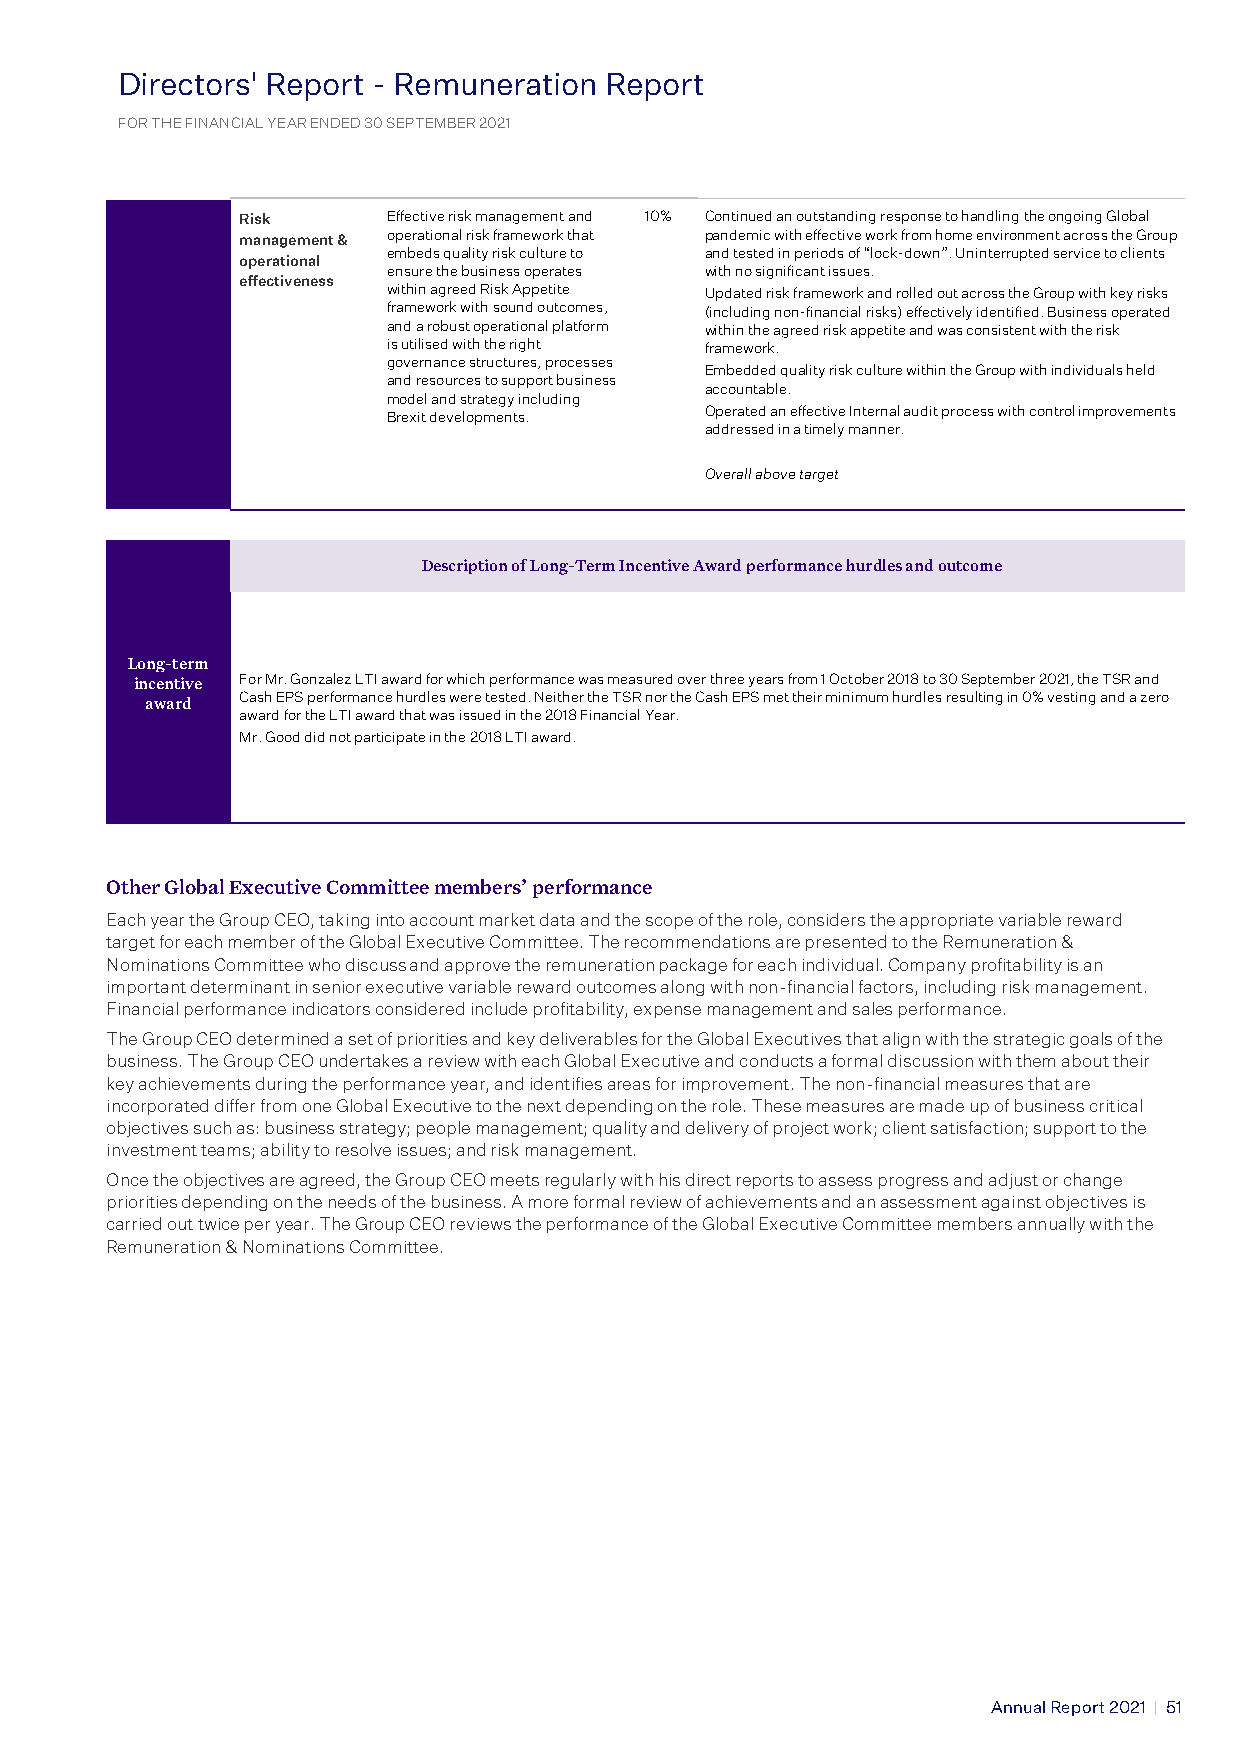
Directors' Report - Remuneration Report
 D FOir R e THc E t FIo NAr Ns CI’ A LR YEe ARp Eo NDr Et D 3−0 SR EPe TEm MBu ERn 20e 21ration Report
 FOR THE FINANCIAL YEAR ENDED 30 SEPTEMBER 2021
 Risk      Effective risk management and 10% Continued an outstanding response to handling the ongoing Global
 management & operational risk framework that pandemic with effective work from home environment across the Group
 embeds quality risk culture to and tested in periods of “lock-down”. Uninterrupted service to clients
 operational
 ensure the business operates with no significant issues.
 effectiveness
 within agreed Risk Appetite Updated risk framework and rolled out across the Group with key risks
 framework with sound outcomes, (including non-financial risks) effectively identified. Business operated
 and a robust operational platform within the agreed risk appetite and was consistent with the risk
 is utilised with the right framework.
 governance structures, processes
 Embedded quality risk culture within the Group with individuals held
 and resources to support business
 accountable.
 model and strategy including
 Brexit developments. Operated an effective Internal audit process with control improvements
 addressed in a timely manner.
 Overall above target
 Description of Long-Term Incentive Award performance hurdles and outcome
 performance
 Long-term
 incentive For Mr. Gonzalez LTI award for which performance was measured over three years from 1 October 2018 to 30 September 2021, the TSR and
 award Cash EPS performance hurdles were tested. Neither the TSR nor the Cash EPS met their minimum hurdles resulting in 0% vesting and a zero
 award for the LTI award that was issued in the 2018 Financial Year.
 Mr. Good did not participate in the 2018 LTI award.
 Other Global Executive Committee members’ performance
 Each year the Group CEO, taking into account market data and the scope of the role, considers the appropriate variable reward
 target for each member of the Global Executive Committee. The recommendations are presented to the Remuneration &
 Nominations Committee who discuss and approve the remuneration package for each individual. Company profitability is an
 important determinant in senior executive variable reward outcomes along with non-financial factors, including risk management.
 Financial performance indicators considered include profitability, expense management and sales performance.
 The Group CEO determined a set of priorities and key deliverables for the Global Executives that align with the strategic goals of the
 business. The Group CEO undertakes a review with each Global Executive and conducts a formal discussion with them about their
 key achievements during the performance year, and identifies areas for improvement. The non-financial measures that are
 incorporated differ from one Global Executive to the next depending on the role. These measures are made up of business critical
 objectives such as: business strategy; people management; quality and delivery of project work; client satisfaction; support to the
 investment teams; ability to resolve issues; and risk management.
 Once the objectives are agreed, the Group CEO meets regularly with his direct reports to assess progress and adjust or change
 priorities depending on the needs of the business. A more formal review of achievements and an assessment against objectives is
 carried out twice per year. The Group CEO reviews the performance of the Global Executive Committee members annually with the
 Remuneration & Nominations Committee.
 Annual Report 2021 | 51